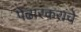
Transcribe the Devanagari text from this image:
पेंढारकरांचे